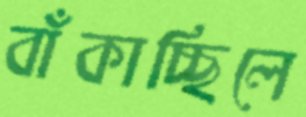
বাঁকাচ্ছিলে